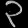
Digit: ၃